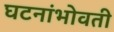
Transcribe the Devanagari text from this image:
घटनांभोवती